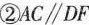
②$$AC\parallel DF$$